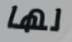
لها